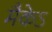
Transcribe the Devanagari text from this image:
मैकेऽ